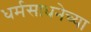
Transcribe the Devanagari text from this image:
धर्मसाधनेच्या